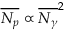
\overline { { N _ { p } } } \propto \overline { { N _ { \gamma } } } ^ { 2 }